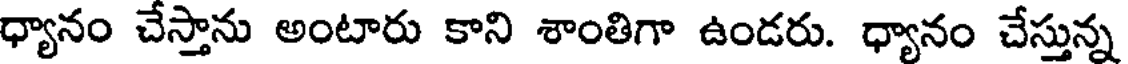
ధ్యానం చేస్తాను అంటారు కాని శాంతిగా ఉండరు. ధ్యానం చేస్తున్న